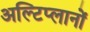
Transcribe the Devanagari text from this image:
अल्टिप्लानों